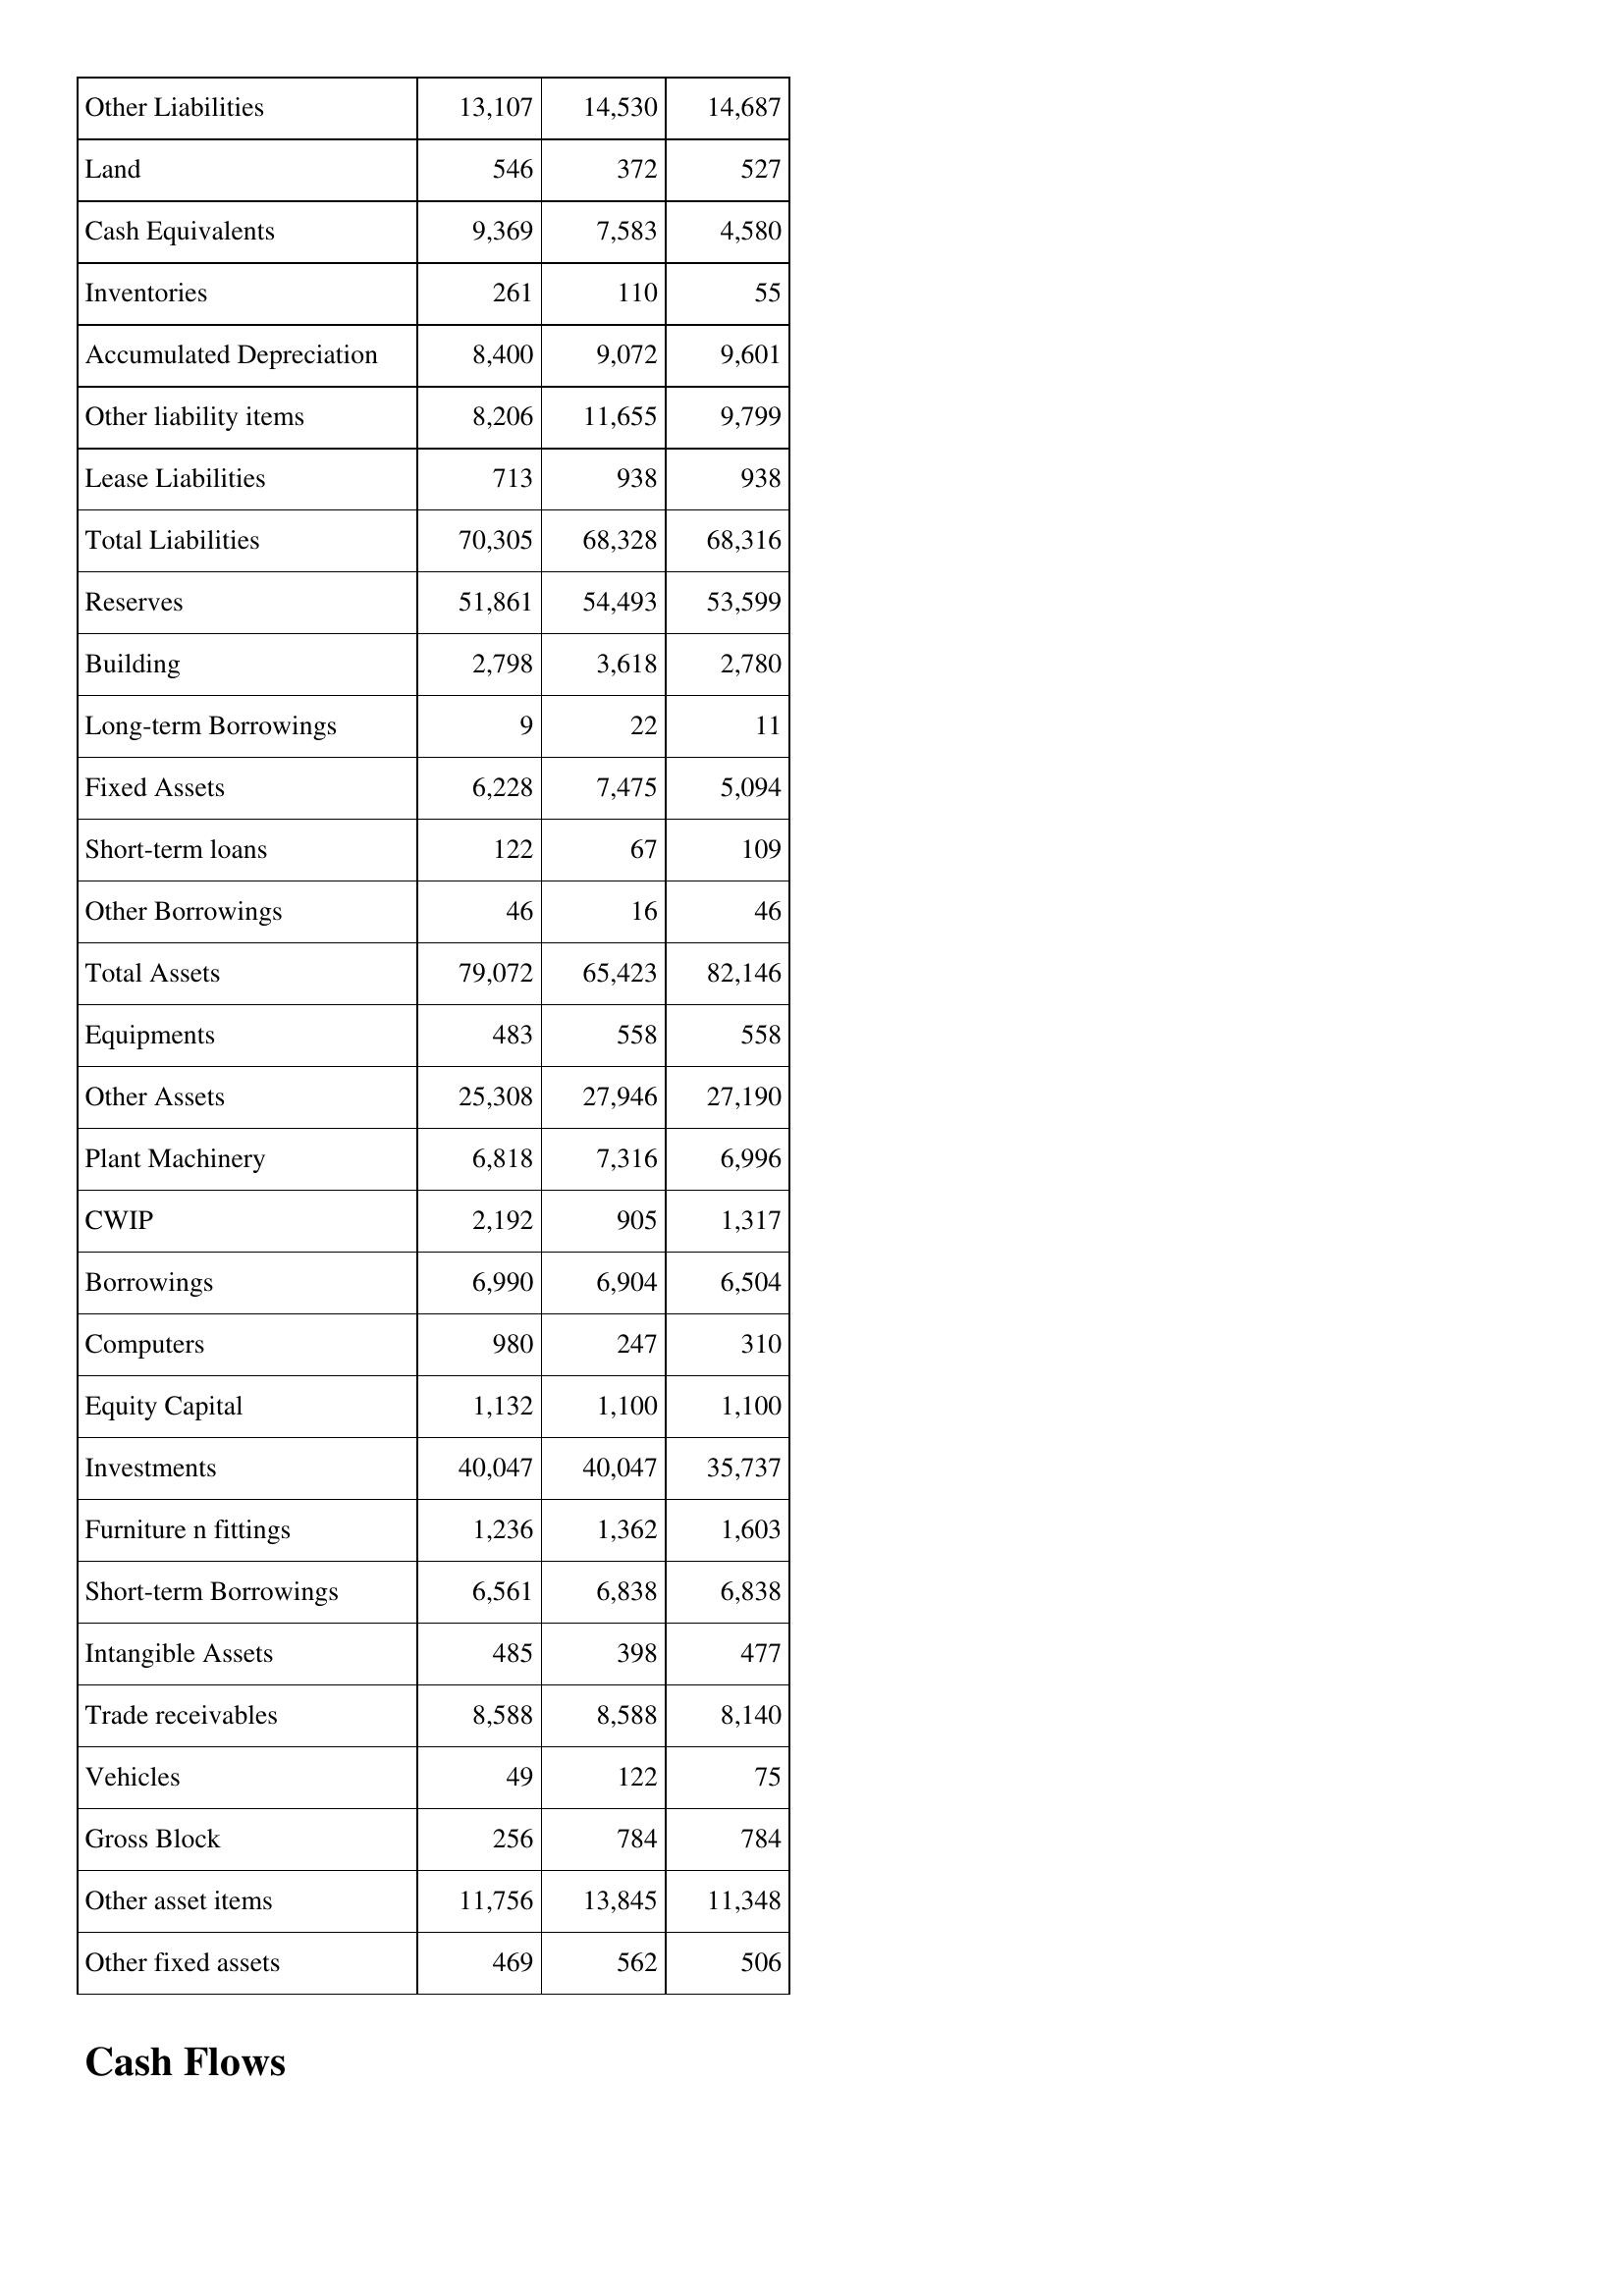
Sep-06: Balance Sheet: Other Liabilities: 13,107
Land: 546
Cash Equivalents: 9,369
Inventories: 261
Accumulated Depreciation: 8,400
Other liability items: 8,206
Lease Liabilities: 713
Total Liabilities: 70,305
Reserves: 51,861
Building: 2,798
Long-term Borrowings: 9
Fixed Assets: 6,228
Short-term loans: 122
Other Borrowings: 46
Total Assets: 79,072
Equipments: 483
Other Assets: 25,308
Plant Machinery: 6,818
CWIP: 2,192
Borrowings: 6,990
Computers: 980
Equity Capital: 1,132
Investments: 40,047
Furniture n fittings: 1,236
Short-term Borrowings: 6,561
Intangible Assets: 485
Trade receivables: 8,588
Vehicles: 49
Gross Block: 256
Other asset items: 11,756
Other fixed assets: 469
Sep-07: Balance Sheet: Other Liabilities: 14,530
Land: 372
Cash Equivalents: 7,583
Inventories: 110
Accumulated Depreciation: 9,072
Other liability items: 11,655
Lease Liabilities: 938
Total Liabilities: 68,328
Reserves: 54,493
Building: 3,618
Long-term Borrowings: 22
Fixed Assets: 7,475
Short-term loans: 67
Other Borrowings: 16
Total Assets: 65,423
Equipments: 558
Other Assets: 27,946
Plant Machinery: 7,316
CWIP: 905
Borrowings: 6,904
Computers: 247
Equity Capital: 1,100
Investments: 40,047
Furniture n fittings: 1,362
Short-term Borrowings: 6,838
Intangible Assets: 398
Trade receivables: 8,588
Vehicles: 122
Gross Block: 784
Other asset items: 13,845
Other fixed assets: 562
Sep-08: Balance Sheet: Other Liabilities: 14,687
Land: 527
Cash Equivalents: 4,580
Inventories: 55
Accumulated Depreciation: 9,601
Other liability items: 9,799
Lease Liabilities: 938
Total Liabilities: 68,316
Reserves: 53,599
Building: 2,780
Long-term Borrowings: 11
Fixed Assets: 5,094
Short-term loans: 109
Other Borrowings: 46
Total Assets: 82,146
Equipments: 558
Other Assets: 27,190
Plant Machinery: 6,996
CWIP: 1,317
Borrowings: 6,504
Computers: 310
Equity Capital: 1,100
Investments: 35,737
Furniture n fittings: 1,603
Short-term Borrowings: 6,838
Intangible Assets: 477
Trade receivables: 8,140
Vehicles: 75
Gross Block: 784
Other asset items: 11,348
Other fixed assets: 506